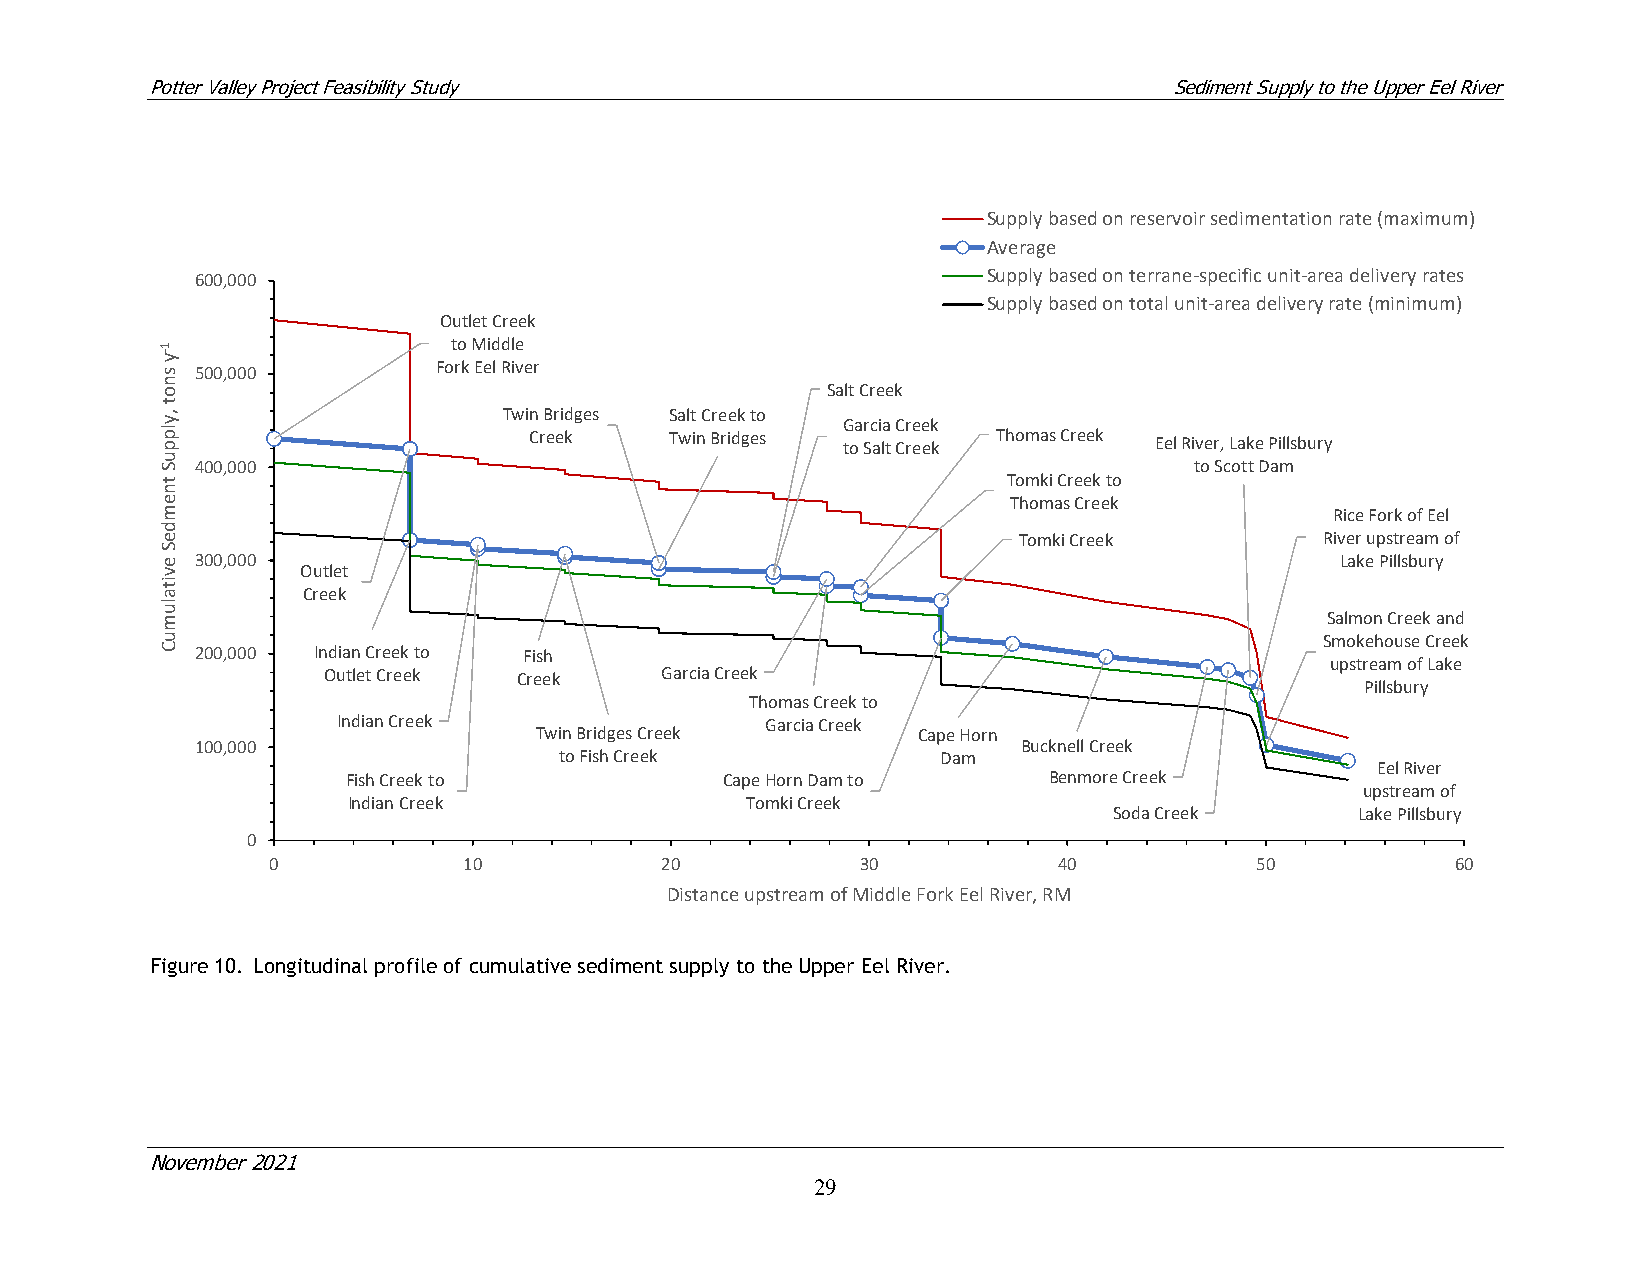
Potter Valley Project Feasibility Study                            Sediment Supply to the Upper Eel River
 Supply based on reservoir sedimentation rate (maximum)
 Average
 600,000                                             Supply based on terrane-specific unit-area delivery rates
 Supply based on total unit-area delivery rate (minimum)
 Outlet Creek
 to Middle
 500,000         Fork Eel River
 Salt Creek
 Twin Bridges Salt Creek to
 Garcia Creek
 Creek    Twin Bridges to Salt Creek Thomas Creek Eel River, Lake Pillsbury
 400,000                                                           to Scott Dam
 Tomki Creek to
 Thomas Creek
 Rice Fork of Eel
 Tomki Creek          River upstream of
 300,000                                                                     Lake Pillsbury
 Outlet
 Creek
 Salmon Creek and
 Smokehouse Creek
 200,000 Indian Creek to Fish
 upstream of Lake
 Outlet Creek Creek     Garcia Creek
 Pillsbury
 Thomas Creek to
 Indian Creek                 Garcia Creek
 Twin Bridges Creek        Cape Horn
 100,000                                                Bucknell Creek
 to Fish Creek            Dam
 Eel River
 Fish Creek to            Cape Horn Dam to     Benmore Creek
 upstream of
 Indian Creek              Tomki Creek
 Soda Creek      Lake Pillsbury
 0
 0            10           20           30           40           50           60
 Distance upstream of Middle Fork Eel River, RM
 Figure 10. Longitudinal profile of cumulative sediment supply to the Upper Eel River.
 November 2021
 29
 1-y
 snot
 ,ylppuS
 tnemdeS
 evitalumuC